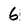
Character: 6